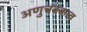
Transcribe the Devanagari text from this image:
अणुचंबकत्व